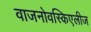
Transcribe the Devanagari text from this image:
वाजनोवस्किएलीज